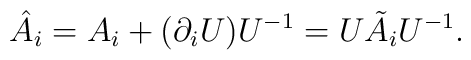
\hat{A}_i=A_i+(\partial_iU)U^{-1}=U\tilde{A}_iU^{-1}.